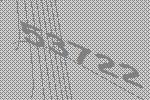
53722